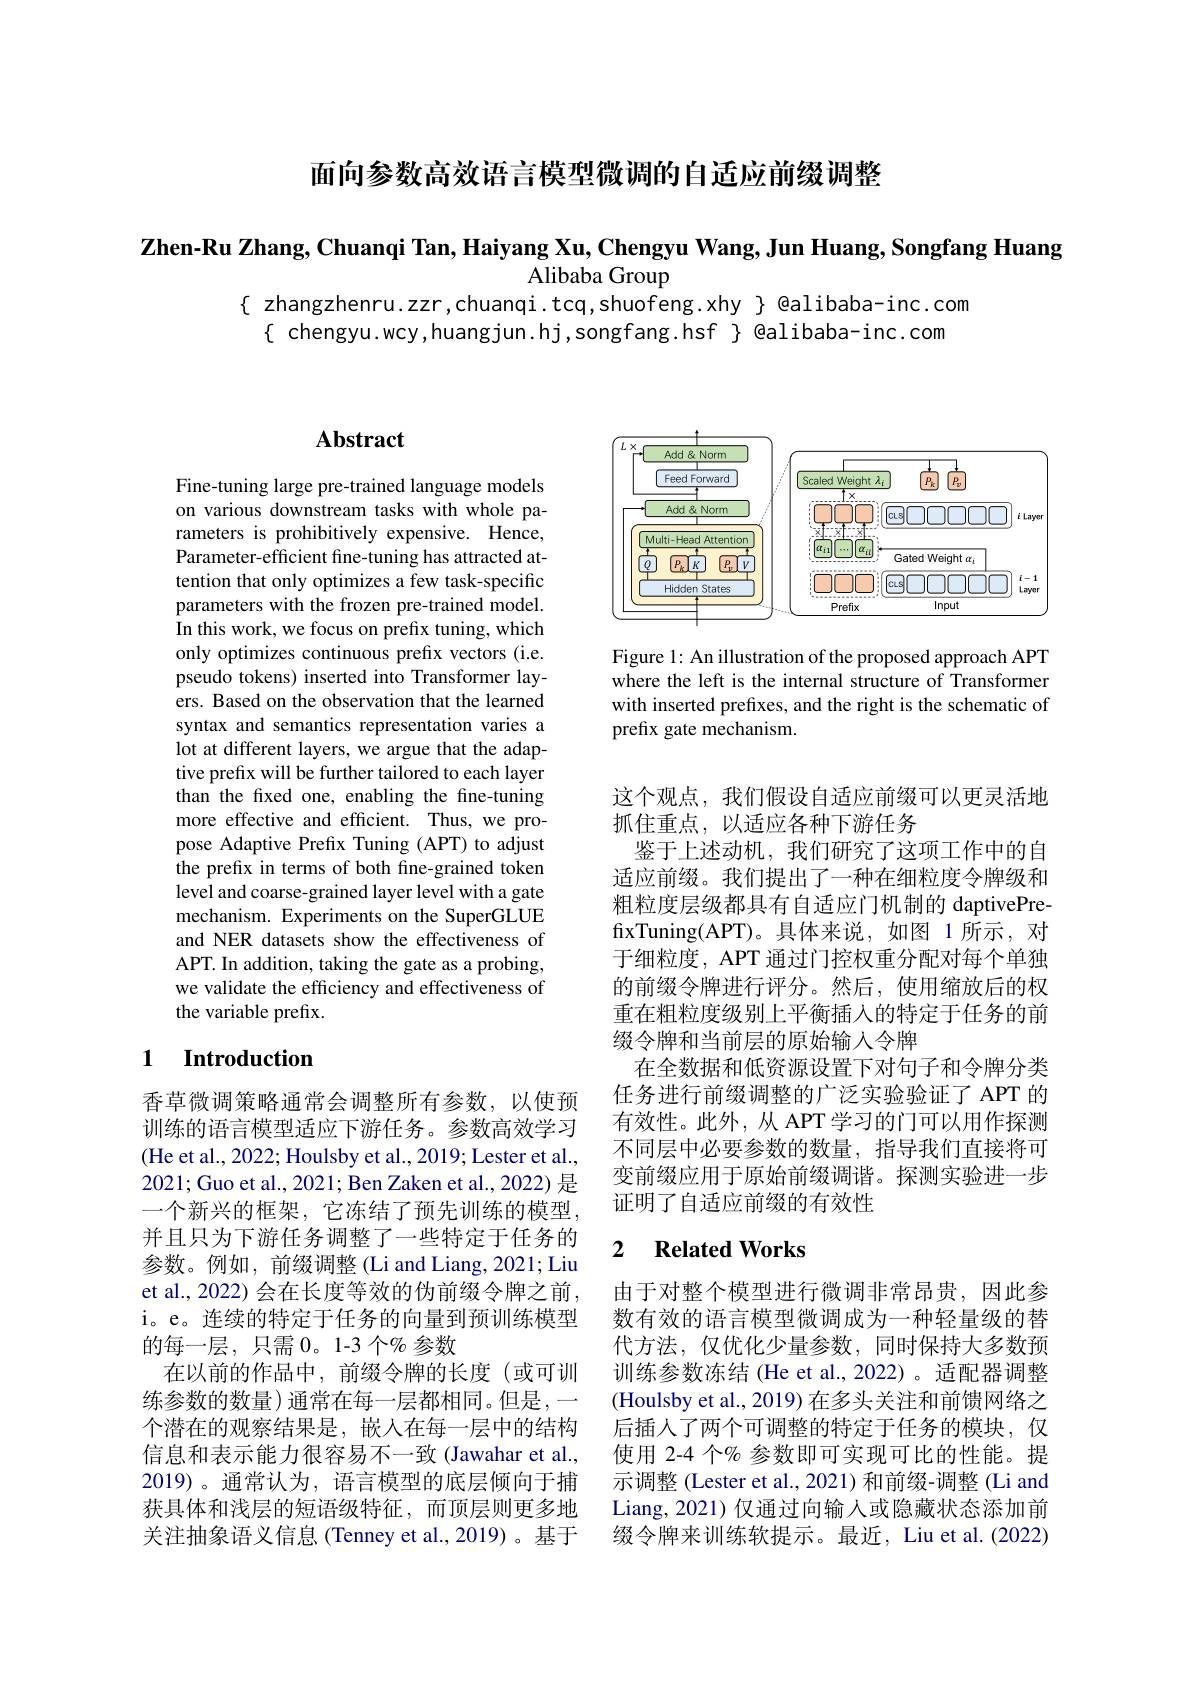
面向参数高效语言模型微调的自适应前缀调整

$\mathbf{Z}$hen-Ru Zhang, Chuanqi Tan, Haiyang Xu, Chengyu Wang, Jun Huang, Songfang Huang

Alibaba Group
$\{$ zhangzhenru.zzr,chuanqi.tcq,shuofeng.xhy $\}$ @alibaba-inc.com
$\{$ chengyu.wcy,huangjun.hj,songfang.hsf $\}$ @alibaba-inc.com

## $\mathbf{Abstract}$

Fine-tuning large pre-trained language models on various downstream tasks with whole parameters is prohibitively expensive. Hence, Parameter-efficient fine-tuning has attracted attention that only optimizes a few task-specific parameters with the frozen pre-trained model. In this work, we focus on prefix tuning, which only optimizes continuous prefix vectors (i.e. pseudo tokens) inserted into Transformer layers. Based on the observation that the learned syntax and semantics representation varies a lot at different layers, we argue that the adaptive prefix will be further tailored to each layer than the fxed one, enabling the fine-tuning more effective and efficient. Thus, we propose Adaptive Prefix Tuning (APT) to adjust the prefix in terms of both fine-grained token level and coarse-grained layer level with a gate mechanism. Experiments on the SuperGLUE and NER datasets show the effectiveness of APT. In addition, taking the gate as a probing, we validate the efficiency and effectiveness of the variable prefix.

### 1 Introduction

香草微调策略通常会调整所有参数，以使预训练的语言模型适应下游任务。参数高效学习(He et al., 2022; Houlsby et al., 2019; Lester et al., 2021; Guo et al., 2021; Ben Zaken et al., 2022) 是一个新兴的框架，它冻结了预先训练的模型并且只为下游任务调整了一些特定于任务的参数。例如，前缀调整 (Li and Liang, 2021; Liu et al., 2022) 会在长度等效的伪前缀令牌之前， i。e。连续的特定于任务的向量到预训练模型的每一层，只需 0。1-3 个% 参数
在以前的作品中，前缀令牌的长度(或可训练参数的数量)通常在每一层都相同。但是，一个潜在的观察结果是，嵌入在每一层中的结构信息和表示能力很容易不一致 (Jawahar et al., 2019)。通常认为，语言模型的底层倾向于捕获具体和浅层的短语级特征，而顶层则更多地关注抽象语义信息(Tenney et al.,2019)。基于

<FigureHere>

Figure 1: An illustration of the proposed approach APT where the left is the internal structure of Transformer with inserted prefixes, and the right is the schematic of prefix gate mechanism.

这个观点，我们假设自适应前缀可以更灵活地
抓住重点，以适应各种下游任务
鉴于上述动机，我们研究了这项工作中的自适应前缀。我们提出了一种在细粒度令牌级和粗粒度层级都具有自适应门机制的 daptivePrefixTuning(APT)。具体来说，如图 1 所示，对于细粒度，APT 通过门控权重分配对每个单独的前缀令牌进行评分。然后，使用缩放后的权重在粗粒度级别上平衡插入的特定于任务的前缀令牌和当前层的原始输入令牌
在全数据和低资源设置下对句子和令牌分类任务进行前缀调整的广泛实验验证了 APT 的有效性。此外，从 APT 学习的门可以用作探测不同层中必要参数的数量，指导我们直接将可变前缀应用于原始前缀调谐。探测实验进一步证明了自适应前缀的有效性

### 2 $\textbf{Related Works}$

由于对整个模型进行微调非常昂贵，因此参数有效的语言模型微调成为一种轻量级的替代方法，仅优化少量参数，同时保持大多数预训练参数冻结(He et al.,2022)。适配器调整(Houlsby et al., 2019) 在多头关注和前馈网络之后插入了两个可调整的特定于任务的模块，仅使用 2-4 个% 参数即可实现可比的性能。提示调整 (Lester et al., 2021) 和前缀-调整 (Li and Liang, 2021) 仅通过向输入或隐藏状态添加前缀令牌来训练软提示。最近，Liu et al.(2022)